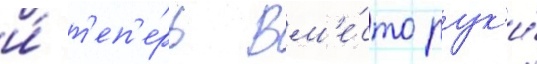
и́ т'еп'е́рь вм'е́сто рук'и́